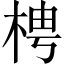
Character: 梬